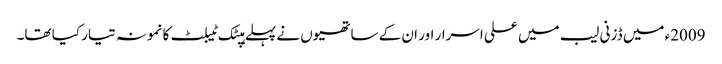
2009ء میں ڈزنی لیب میں علی اسرار اور ان کے ساتھیوں نے پہلے ہپٹک ٹیبلٹ کا نمونہ تیار کیا تھا۔